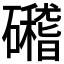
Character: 𥗎